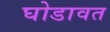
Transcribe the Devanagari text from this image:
घोडावत